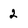
Character: 2